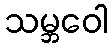
သမ္ဘဝေါ